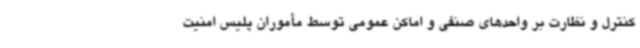
کنترل و نظارت بر واحدهای صنفی و اماکن عمومی توسط مأموران پلیس امنیت